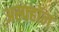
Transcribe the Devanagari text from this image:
अस्फ्हॉल